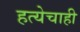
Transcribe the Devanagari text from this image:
हत्येचाही